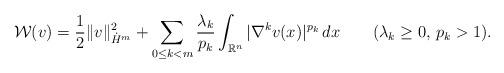
LaTeX: \begin{align*} \mathcal{W}(v)=\frac{1}{2}\|v\|_{\dot{H}^m}^2+\sum_{0\leq k<m}\frac{\lambda_k}{p_k}\int_{\mathbb{R}^n}|\nabla^kv(x)|^{p_k}\,dx\qquad(\lambda_k\geq0,\,p_k>1). \end{align*}